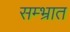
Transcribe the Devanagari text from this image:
सम्भ्रात